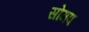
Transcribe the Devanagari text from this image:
सोमप